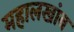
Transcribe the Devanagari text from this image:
महालखांब